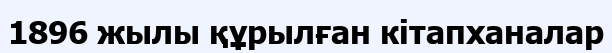
1896 жылы құрылған кітапханалар